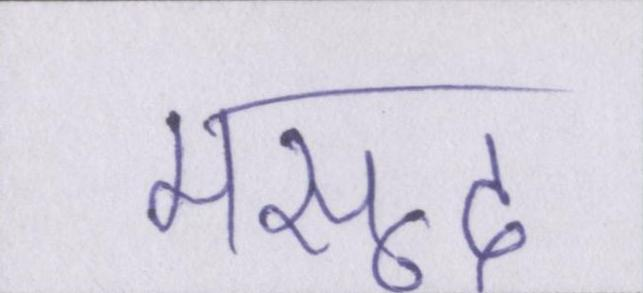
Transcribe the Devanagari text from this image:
मसूद